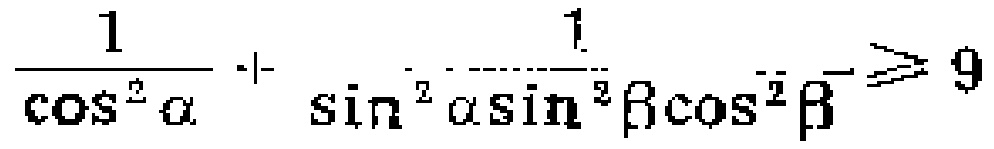
$\frac{1}{\cos ^{2}\alpha}+\frac{1}{\sin ^{2}\alpha\sin ^{2}\beta\cos ^{2}\beta}\geqslant 9$